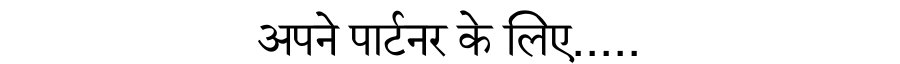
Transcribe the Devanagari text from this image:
अपने पार्टनर के लिए.....